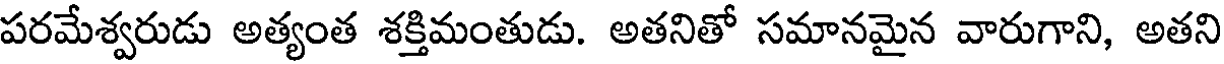
పరమేశ్వరుడు అత్యంత శక్తిమంతుడు. అతనితో సమానమైన వారుగాని, అతని